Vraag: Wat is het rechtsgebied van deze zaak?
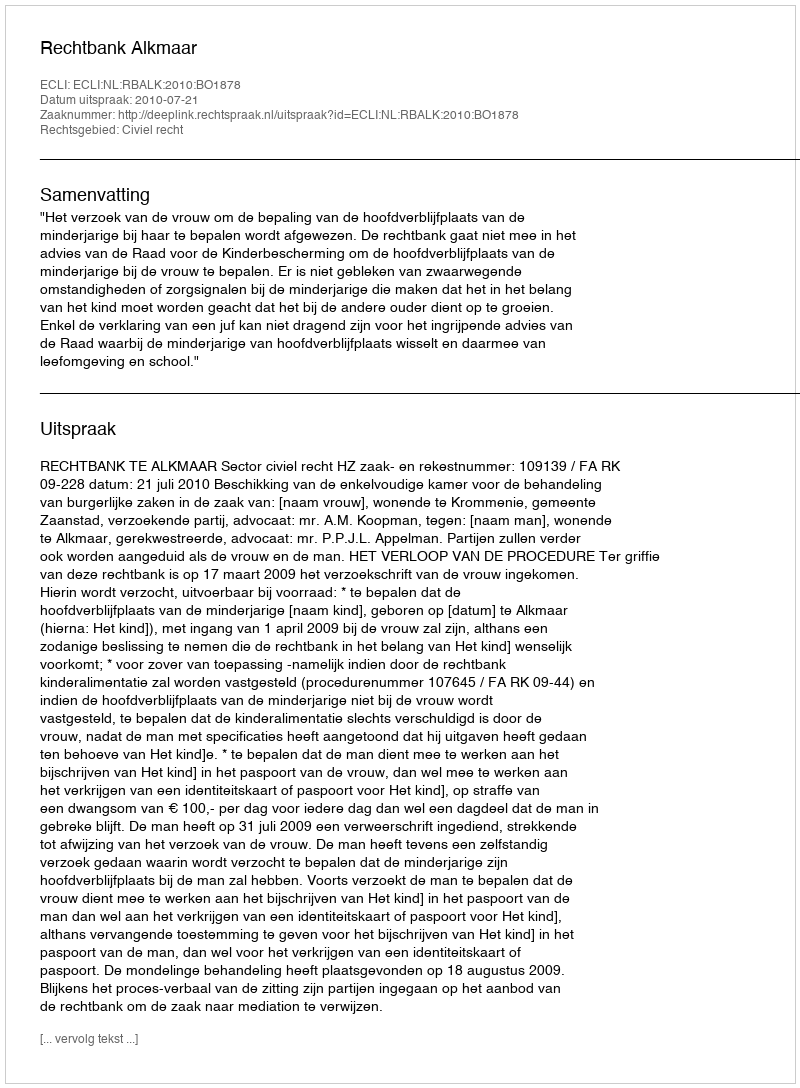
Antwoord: Civiel recht